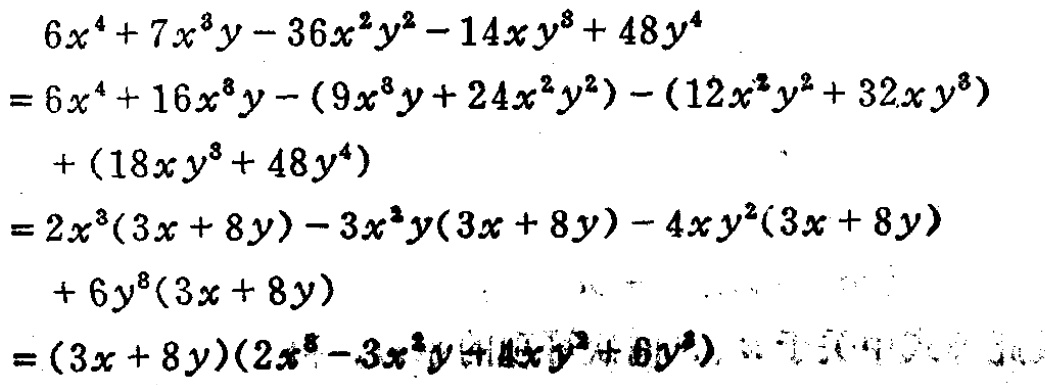
\[
\begin{align*}
&6x^{4}+7x^{3}y - 36x^{2}y^{2}-14xy^{3}+48y^{4}\\
=&6x^{4}+16x^{3}y-(9x^{3}y + 24x^{2}y^{2})-(12x^{2}y^{2}+32xy^{3})+(18xy^{3}+48y^{4})\\
=&2x^{3}(3x + 8y)-3x^{2}y(3x + 8y)-4xy^{2}(3x + 8y)+6y^{3}(3x + 8y)\\
=&(3x + 8y)(2x^{3}-3x^{2}y-4xy^{2}+6y^{3})
\end{align*}
\]